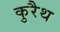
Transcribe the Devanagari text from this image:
कुरैथ